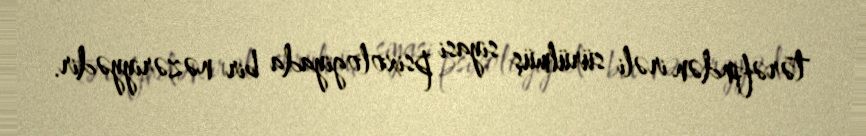
tərəfindən irəli sürülmüş siyasi psixologiyada bir nəzəriyyədir.